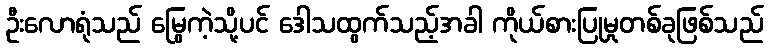
ဦးလောရုံသည် မြွေကဲ့သို့ပင် ဒေါသထွက်သည့်အခါ ကိုယ်စားပြုမှုတစ်ခုဖြစ်သည်